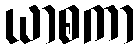
ယာစကာ